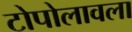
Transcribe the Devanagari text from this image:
टोपोलावला